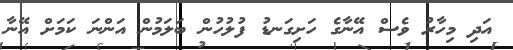
އަދި މިހާރު ވެސް އޭނާގެ ހަށިގަނޑު ފުލުހުން ބަލަމުން އަންނަ ކަމަށް އޭނާ